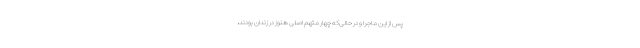
پس از این ماجرا و در حالی‌که چهار متهم اصلی هنوز در زندان بودند،